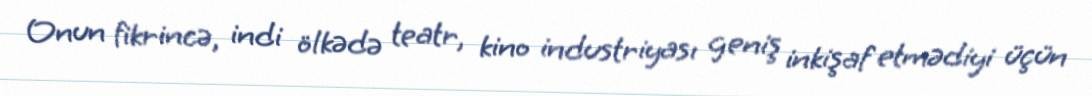
Onun fikrincə, indi ölkədə teatr, kino industriyası geniş inkişaf etmədiyi üçün